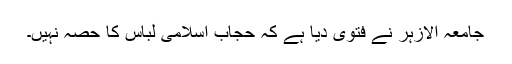
جامعہ الازہر نے فتویٰ دیا ہے کہ حجاب اسلامی لباس کا حصہ نہیں۔